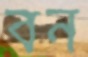
বন